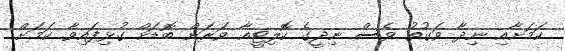
ކަމަށާއި ނިދާ ވަގުތު ވެސް ނިދީގެ ކޮލިޓީއާ ވަރަށް ބޮޑަށް ގުޅިފައިވާ ކަމަށް